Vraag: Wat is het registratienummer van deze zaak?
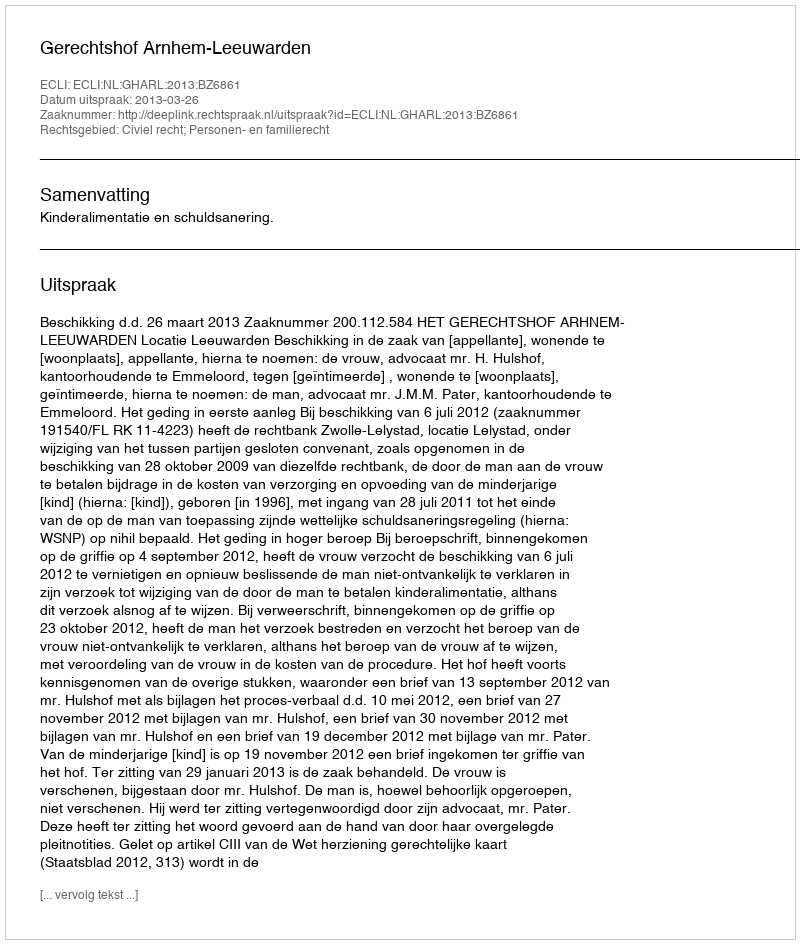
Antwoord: http://deeplink.rechtspraak.nl/uitspraak?id=ECLI:NL:GHARL:2013:BZ6861